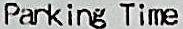
PARKING TIME